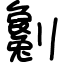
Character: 劖